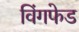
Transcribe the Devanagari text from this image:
विंगफेड